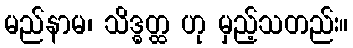
မည်နာမ၊ သိဒ္ဓတ္ထ ဟု မှည့်သတည်း။